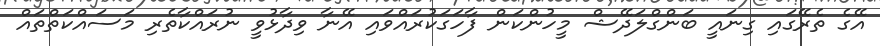
އޭގެ ތެރޭގައި ގިނައީ ބަންގްލަދޭޝް މީހުންކަން ފާހަގަކުރައްވައި އޭނާ ވިދާޅުވީ ނުރައްކާތެރި މަސައްކަތްތައް